NAE_ERA_R-2632_ENSV_TA_Emakeele_Selts_1945-1955, lk 31
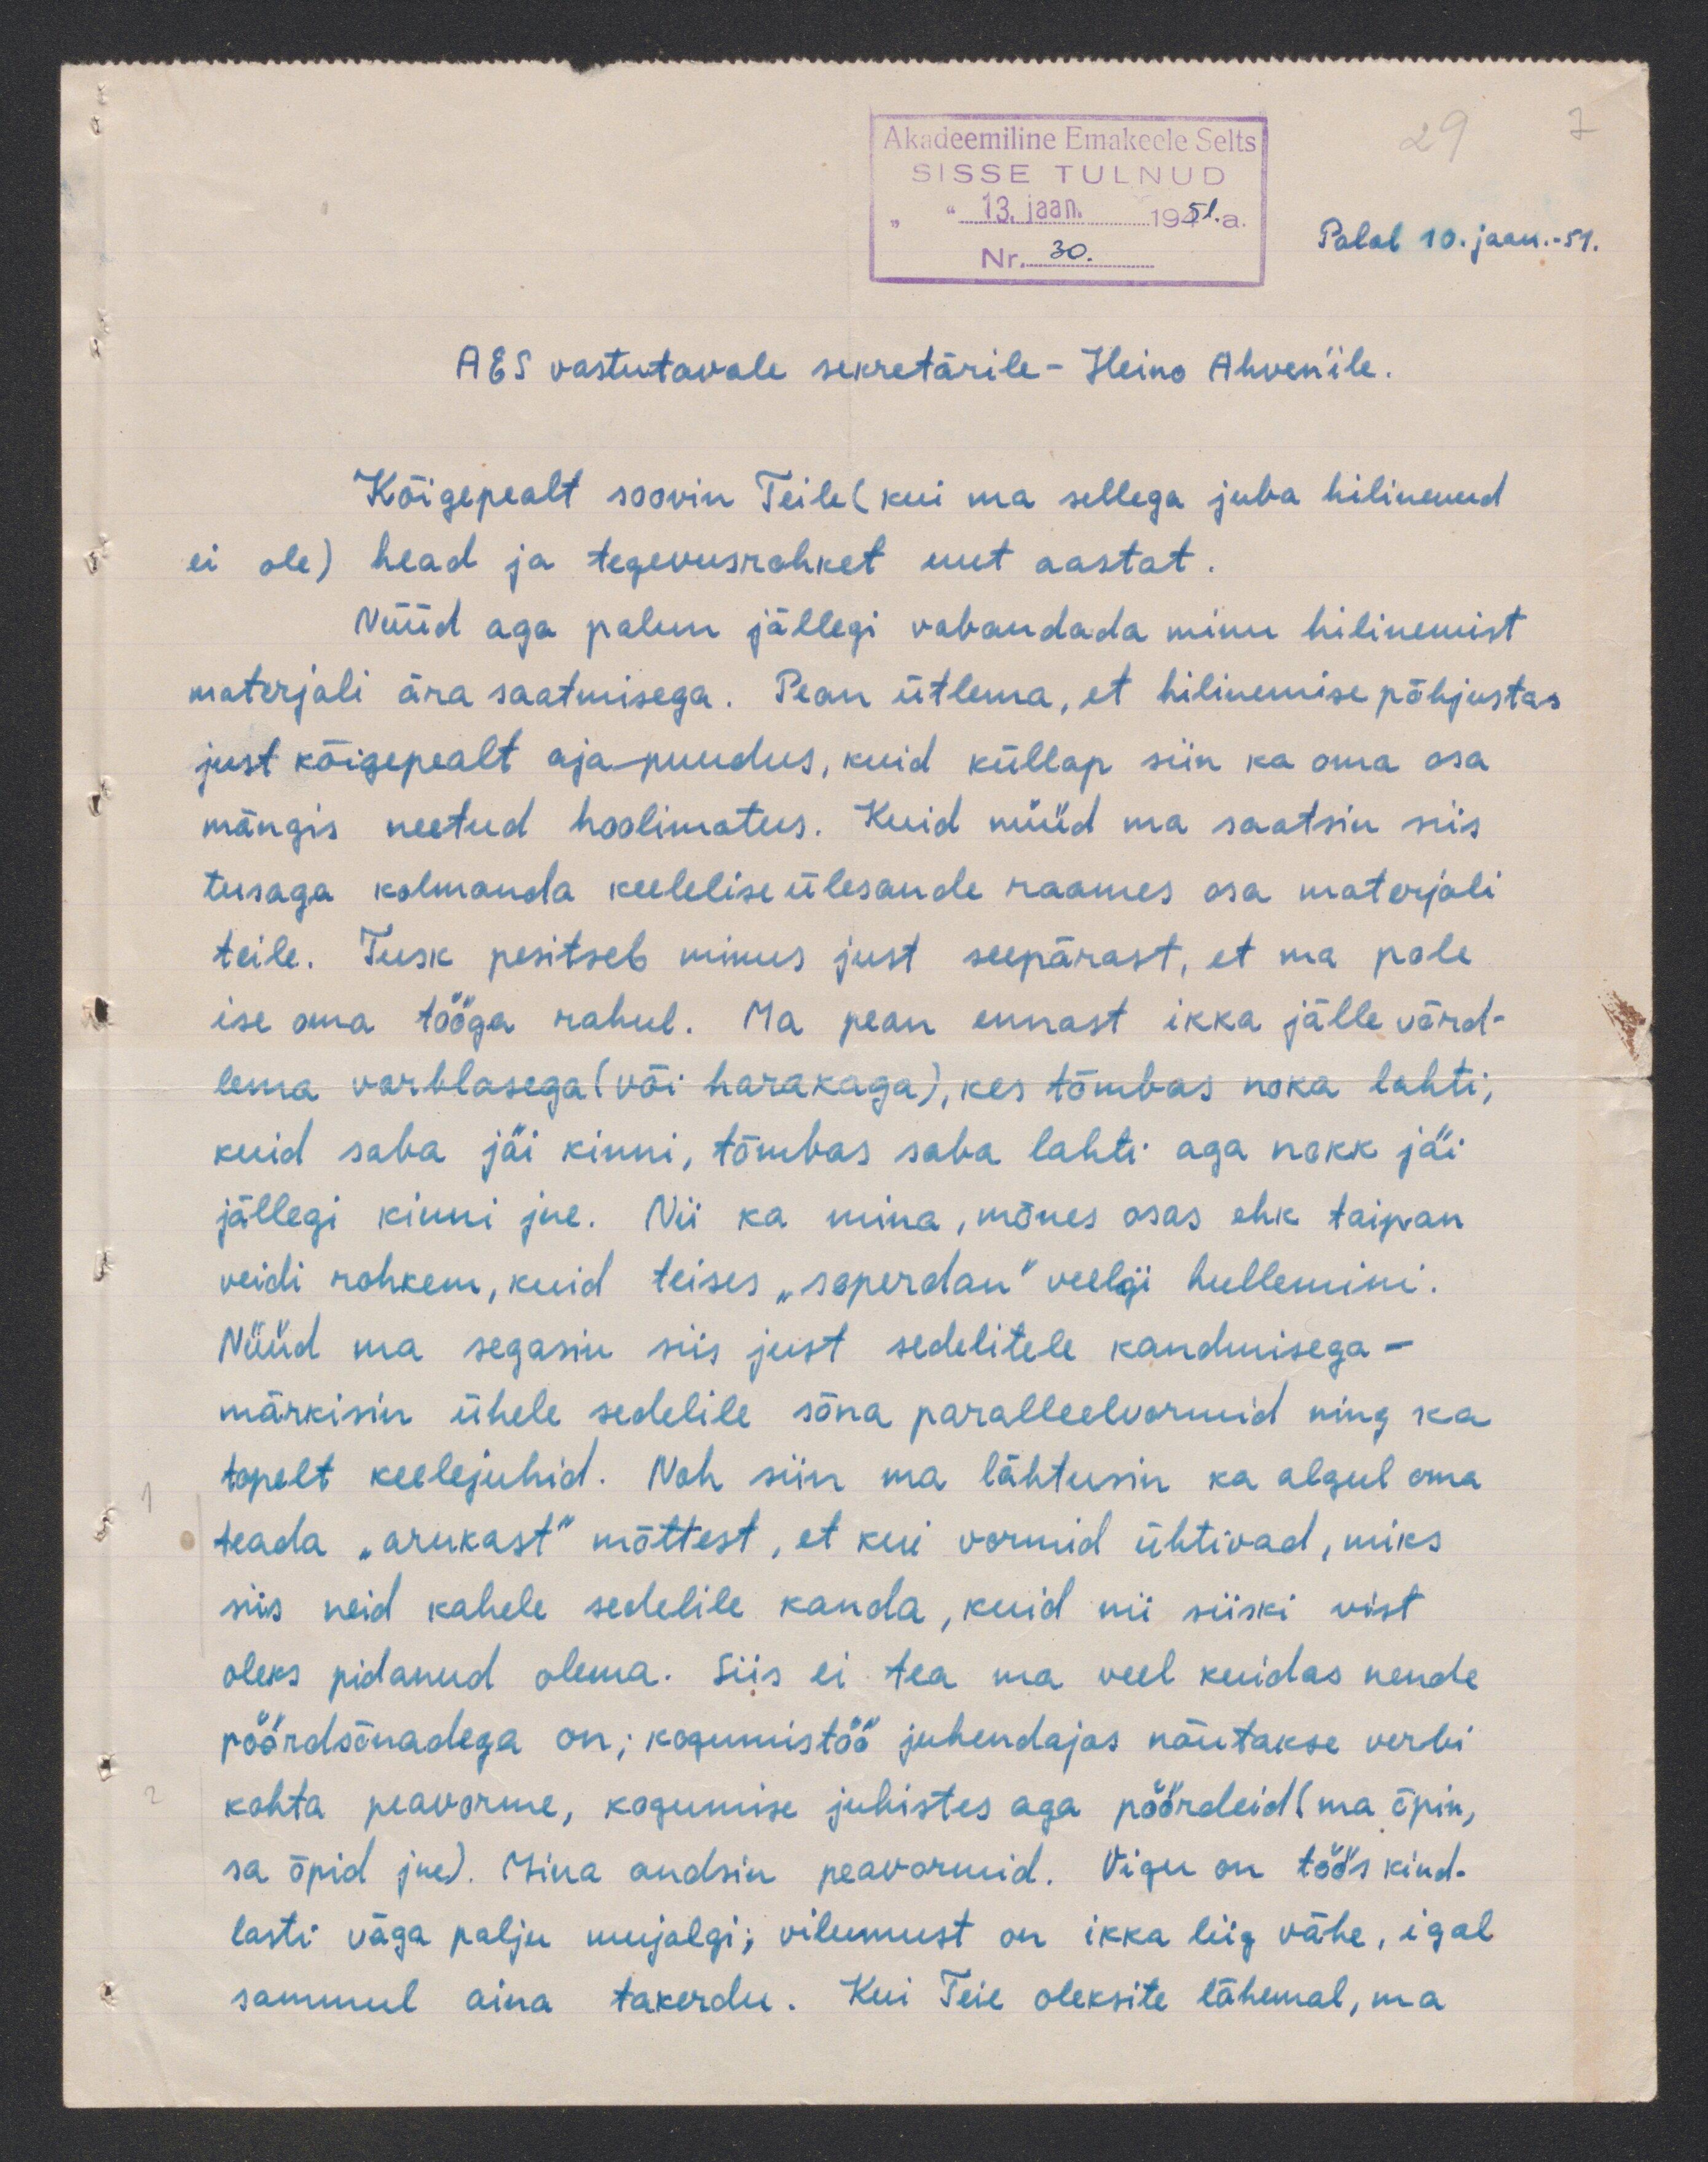
29
Akadeemiline Emakeele Selts
SISSE TULNUD
13. jaan. 1951.a.
Palal 10. jaan. 51.
Nr. 30.
AES vastutavale sekretärile- Heino Ahven'ile.
Kõigepealt soovin Teile (kui ma sellega juba hilinenud
ei ole) head ja tegevusrohket uut aastat.
Nüüd aga palun jällegi vabandada minu hilinemist
materjali ära saatmisega. Pean ütlema, et hilinemise põhjustas
just kõigepealt ajapuudus, kuid küllap siin ka oma osa
mängis neetud hoolimatus. Kuid nüüd ma saatsin siis
tusaga kolmanda keelelise ülesande raames osa materjali
teile. Tusk pesitseb minus just seepärast, et ma pole
ise oma tööga rahul. Ma pean ennast ikka jälle võrd-
lema varblasega (või harakaga), kes tõmbas noka lahti,
kuid saba jäi kinni, tõmbas saba lahti aga nokk jäi
jällegi kinni jne. Nii ka mina, mõnes osas ehk taipan
veidi rohkem, kuid teises "soperdan" veelgi hullemini.
Nüüd ma segasin siis just sedelitele kandmisega.
märkisin ühele sedelile sõna paralleelvormid ning ka
topelt keelejuhid. Noh siin ma lähtusin ka algul oma
teada "arukast" mõttest, et kui vormid ühtivad, miks
siis neid kahele sedelile kanda, kuid nii siiski vist
oleks pidanud olema. Siis ei tea ma veel kuidas nende
pöördsõnadega on; kogumistöö juhendajas näutakse verbi
kohta peavorme, kogumise juhistes aga pöördeid (ma õpin,
sa õpid jne). Mina andsin peavormid. Vigu on töös kind-
lasti väga palju mujalgi; vilumust on ikka liig vähe, igal
sammul aina takerdu. Kui Teie oleksite lähemal, ma